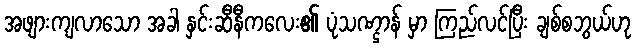
အဖျားကျလာသော အခါ နှင်းဆီနီကလေး၏ ပုံသဏ္ဌာန် မှာ ကြည်လင်ပြီး ချစ်စဘွယ်ဟု